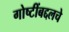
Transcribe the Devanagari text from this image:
गोष्टींबद्दलचे